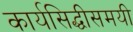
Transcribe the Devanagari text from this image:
कार्यसिद्धीसमयी